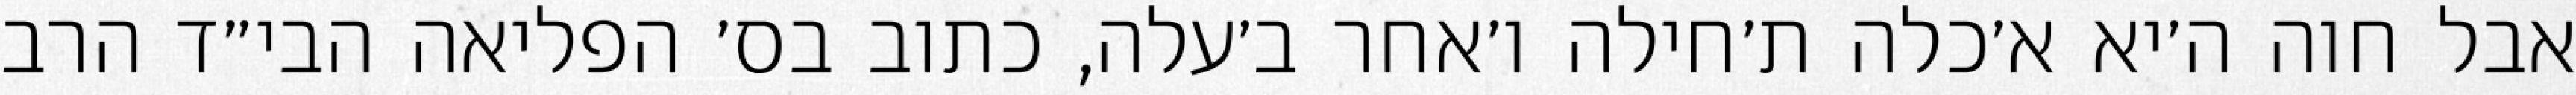
אבל חוה ה׳יא א׳כלה ת׳חילה ו׳אחר ב׳עלה, כתוב בס׳ הפליאה הבי״ד הרב